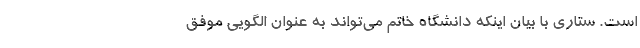
است. ستاری با بیان اینكه دانشگاه خاتم می‌تواند به عنوان الگویی موفق